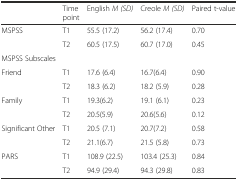
|  | Time point | English M (SD) | Creole M (SD) | Paired t-value |
 | --- | --- | --- | --- | --- |
 | <ROWSPAN=2> MSPSS | T1 | 55.5 (17.2) | 56.2 (17.4) | 0.70 |
 | T2 | 60.5 (17.5) | 60.7 (17.0) | 0.45 |
 | <COLSPAN=5> MSPSS Subscales |
 | <ROWSPAN=2> Friend | T1 | 17.6 (6.4) | 16.7(6.4) | 0.90 |
 | T2 | 18.3 (6.2) | 18.2 (5.9) | 0.28 |
 | <ROWSPAN=2> Family | T1 | 19.3(6.2) | 19.1 (6.1) | 0.23 |
 | T2 | 20.5(5.9) | 20.6(5.6) | 0.12 |
 | <ROWSPAN=2> Significant Other | T1 | 20.5 (7.1) | 20.7(7.2) | 0.58 |
 | T2 | 21.1(6.7) | 21.5 (5.8) | 0.73 |
 | <ROWSPAN=2> PARS | T1 | 108.9 (22.5) | 103.4 (25.3) | 0.84 |
 | T2 | 94.9 (29.4) | 94.3 (29.8) | 0.83 |